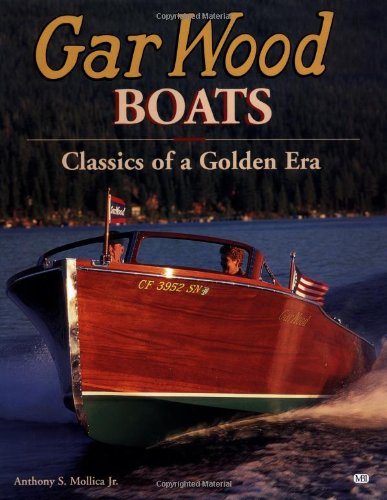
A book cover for Gar Wood Boats: Power Classics of a Golden Era; Anthony Mollica; Arts & Photography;